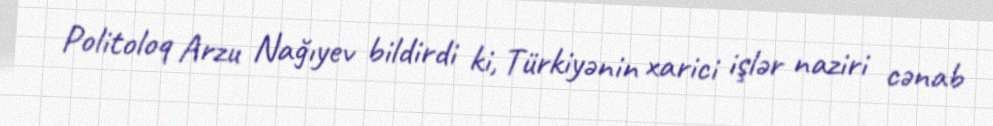
Politoloq Arzu Nağıyev bildirdi ki, Türkiyənin xarici işlər naziri cənab